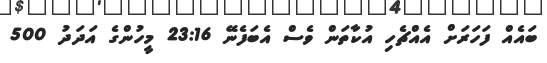
ބައެއް ފަހަރަށް އެއްޗެހި އުކާތަން ވެސް އެބަފެނޭ 23:16 މީހުންގެ އަދަދު 500